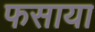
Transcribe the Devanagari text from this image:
फसाया